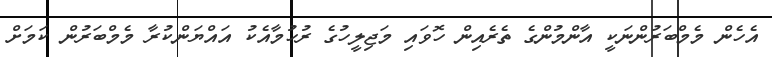
އެހެން މެމްބަރުންނަކީ އާންމުންގެ ތެރެއިން ހޮވައި މަޖިލީހުގެ ރުހުމާއެކު އައްޔަންކުރާ މެމްބަރުން ކަމަށް